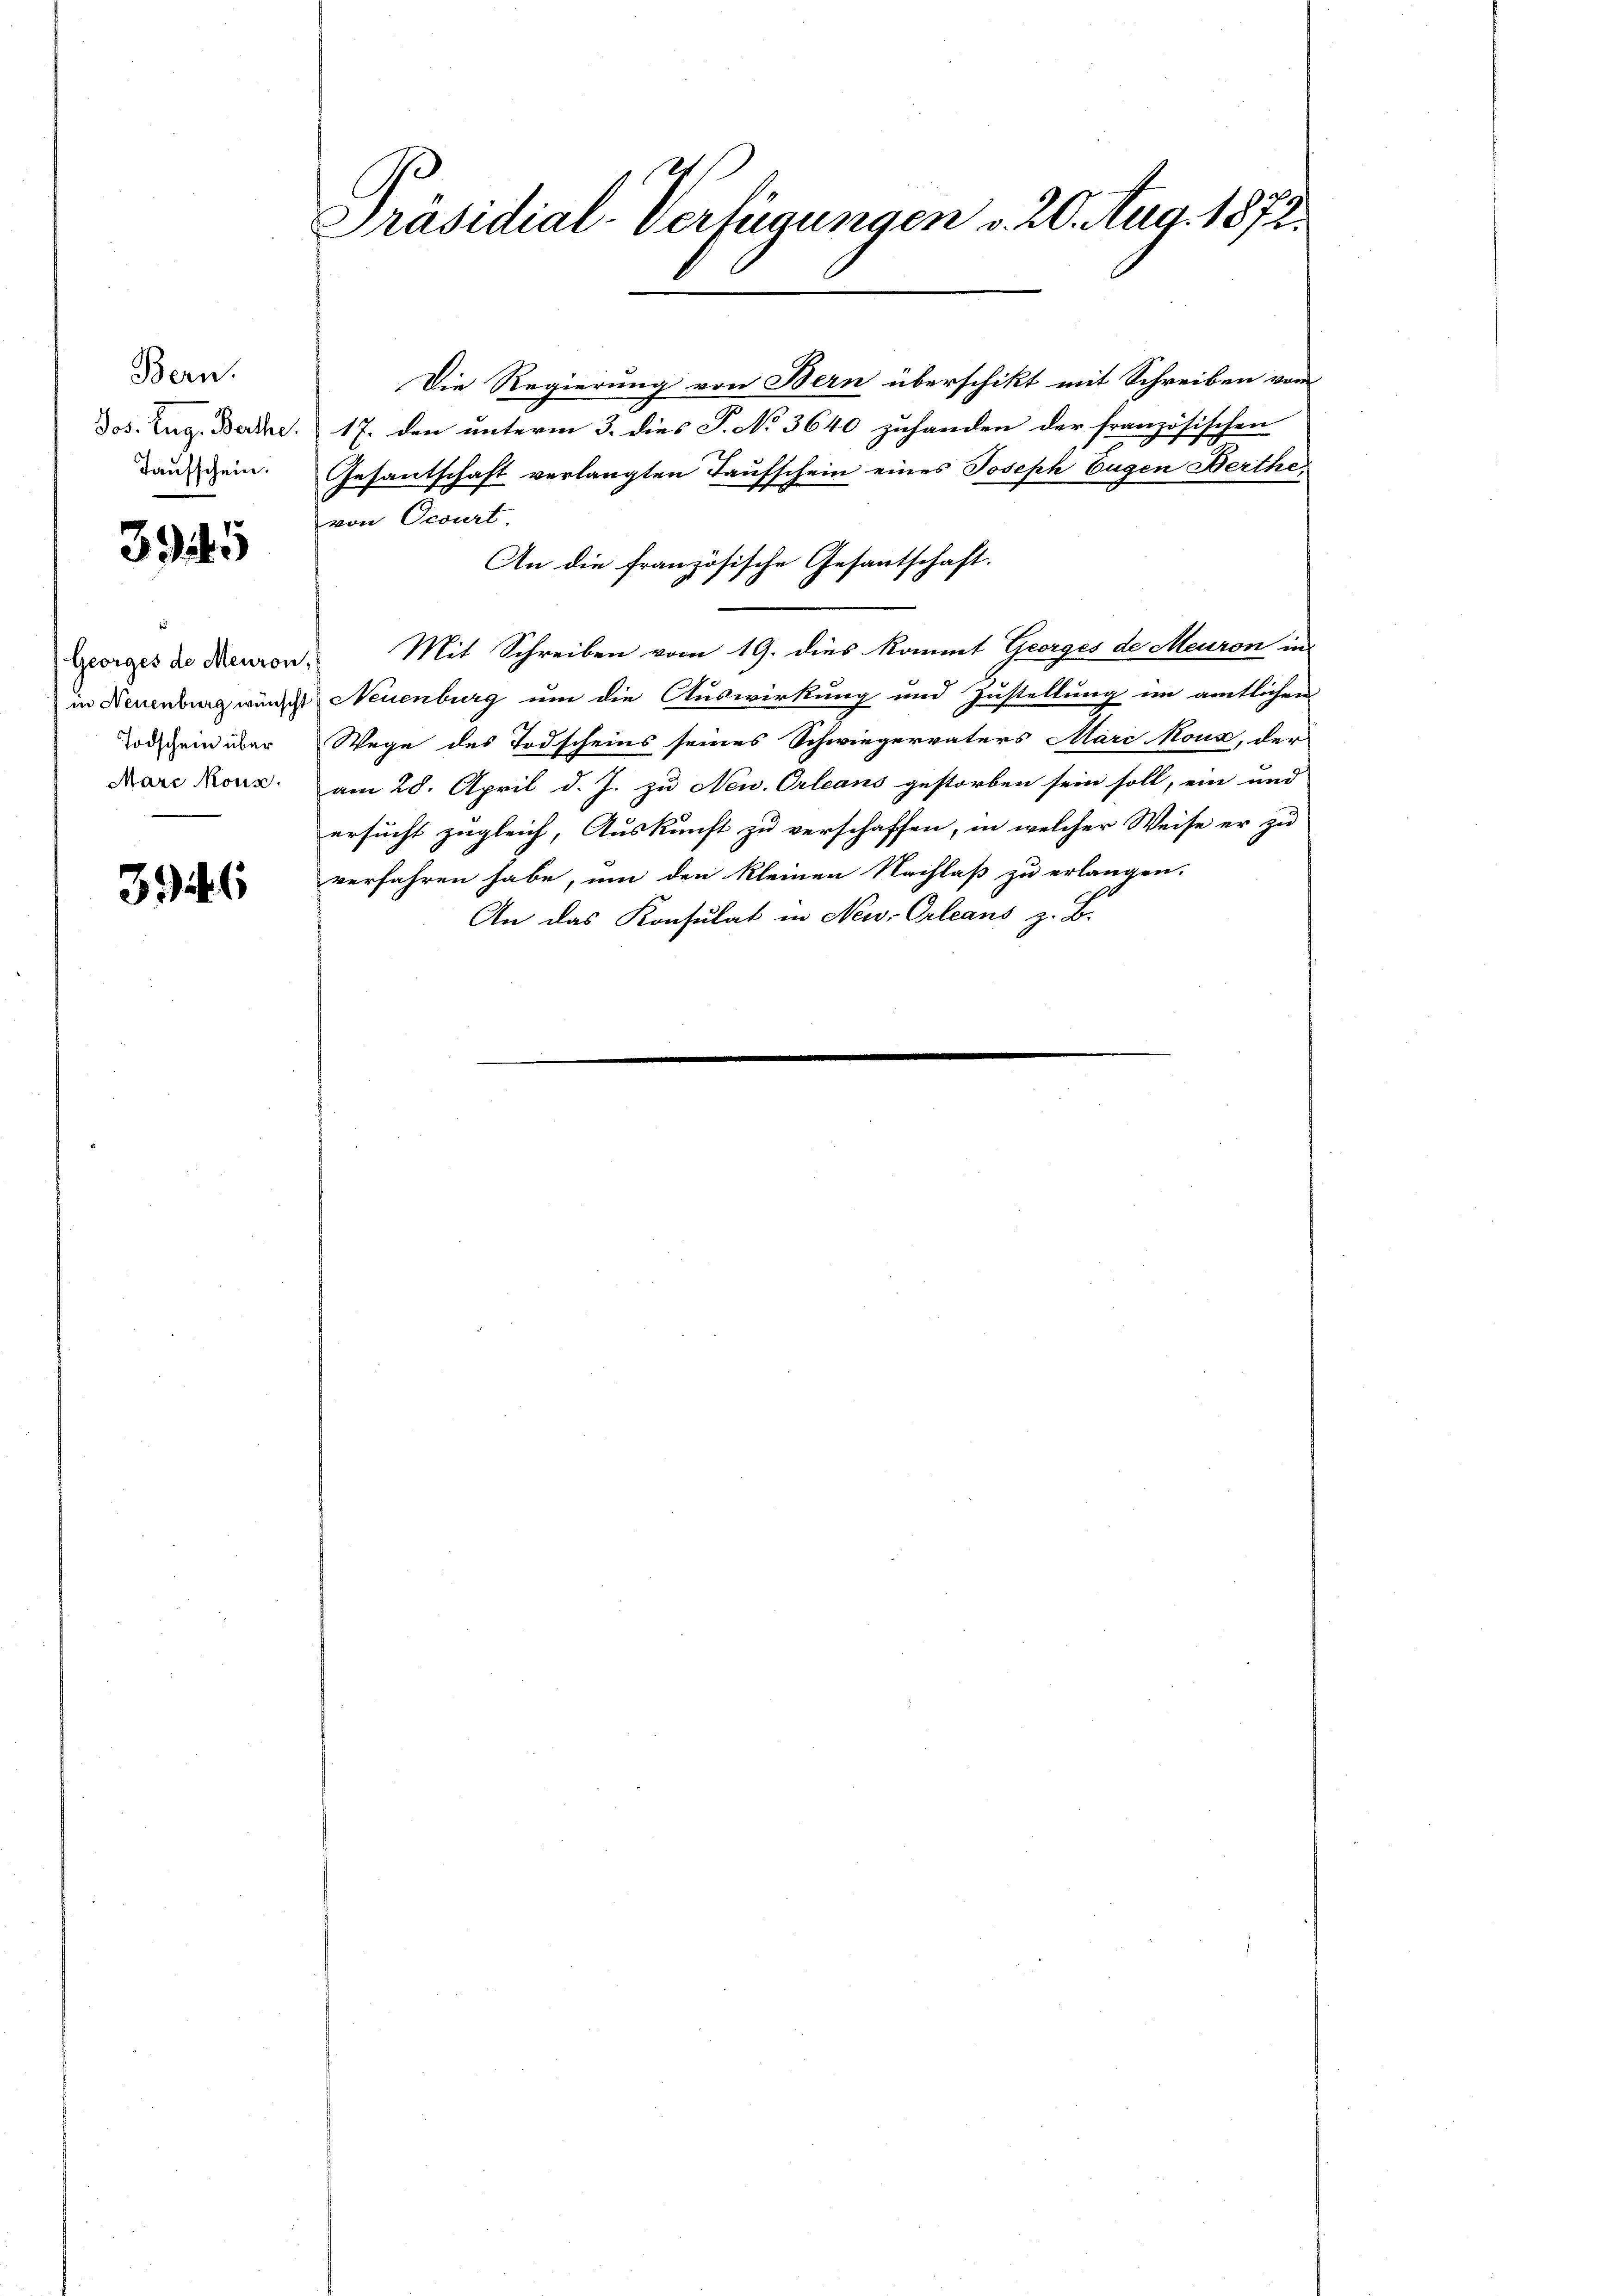
Jos. Zug. Berthe
Taufschein.

Bern.

3945

Georges de Meuron
in Neuenburg wünscht
Todschein über
Marc Nonn.

34

Präsidial-Verfügungen v. 20. Aug. 1872.

Die Regierung von Bern überschikt mit Schreiben vom
17. den unterm 3. dies P. No 3640 zuhanden der französischen
Gesantschaft verlangten Taufschein eines Joseph Eugen Berthe,
von Ocourt
Mit Schreiben vom 19. dies kommt Georges de Meuron in
 Neuenburg um die Auswirkung und Zustellung im amtlichen
Wege des Todscheins seines Schwiegervaters Marc Mous, der
am 28. April d. J. zu New. Orleans gestorben sein soll, ein und
ersucht zugleich, Auskunft zu verschaffen, in welcher Weise er zu
verfahren habe, um den kleinen Nachlaß zu erlangen.
An das Konsulat in New-Orleans z. B.

An die französische Gesantschaft.